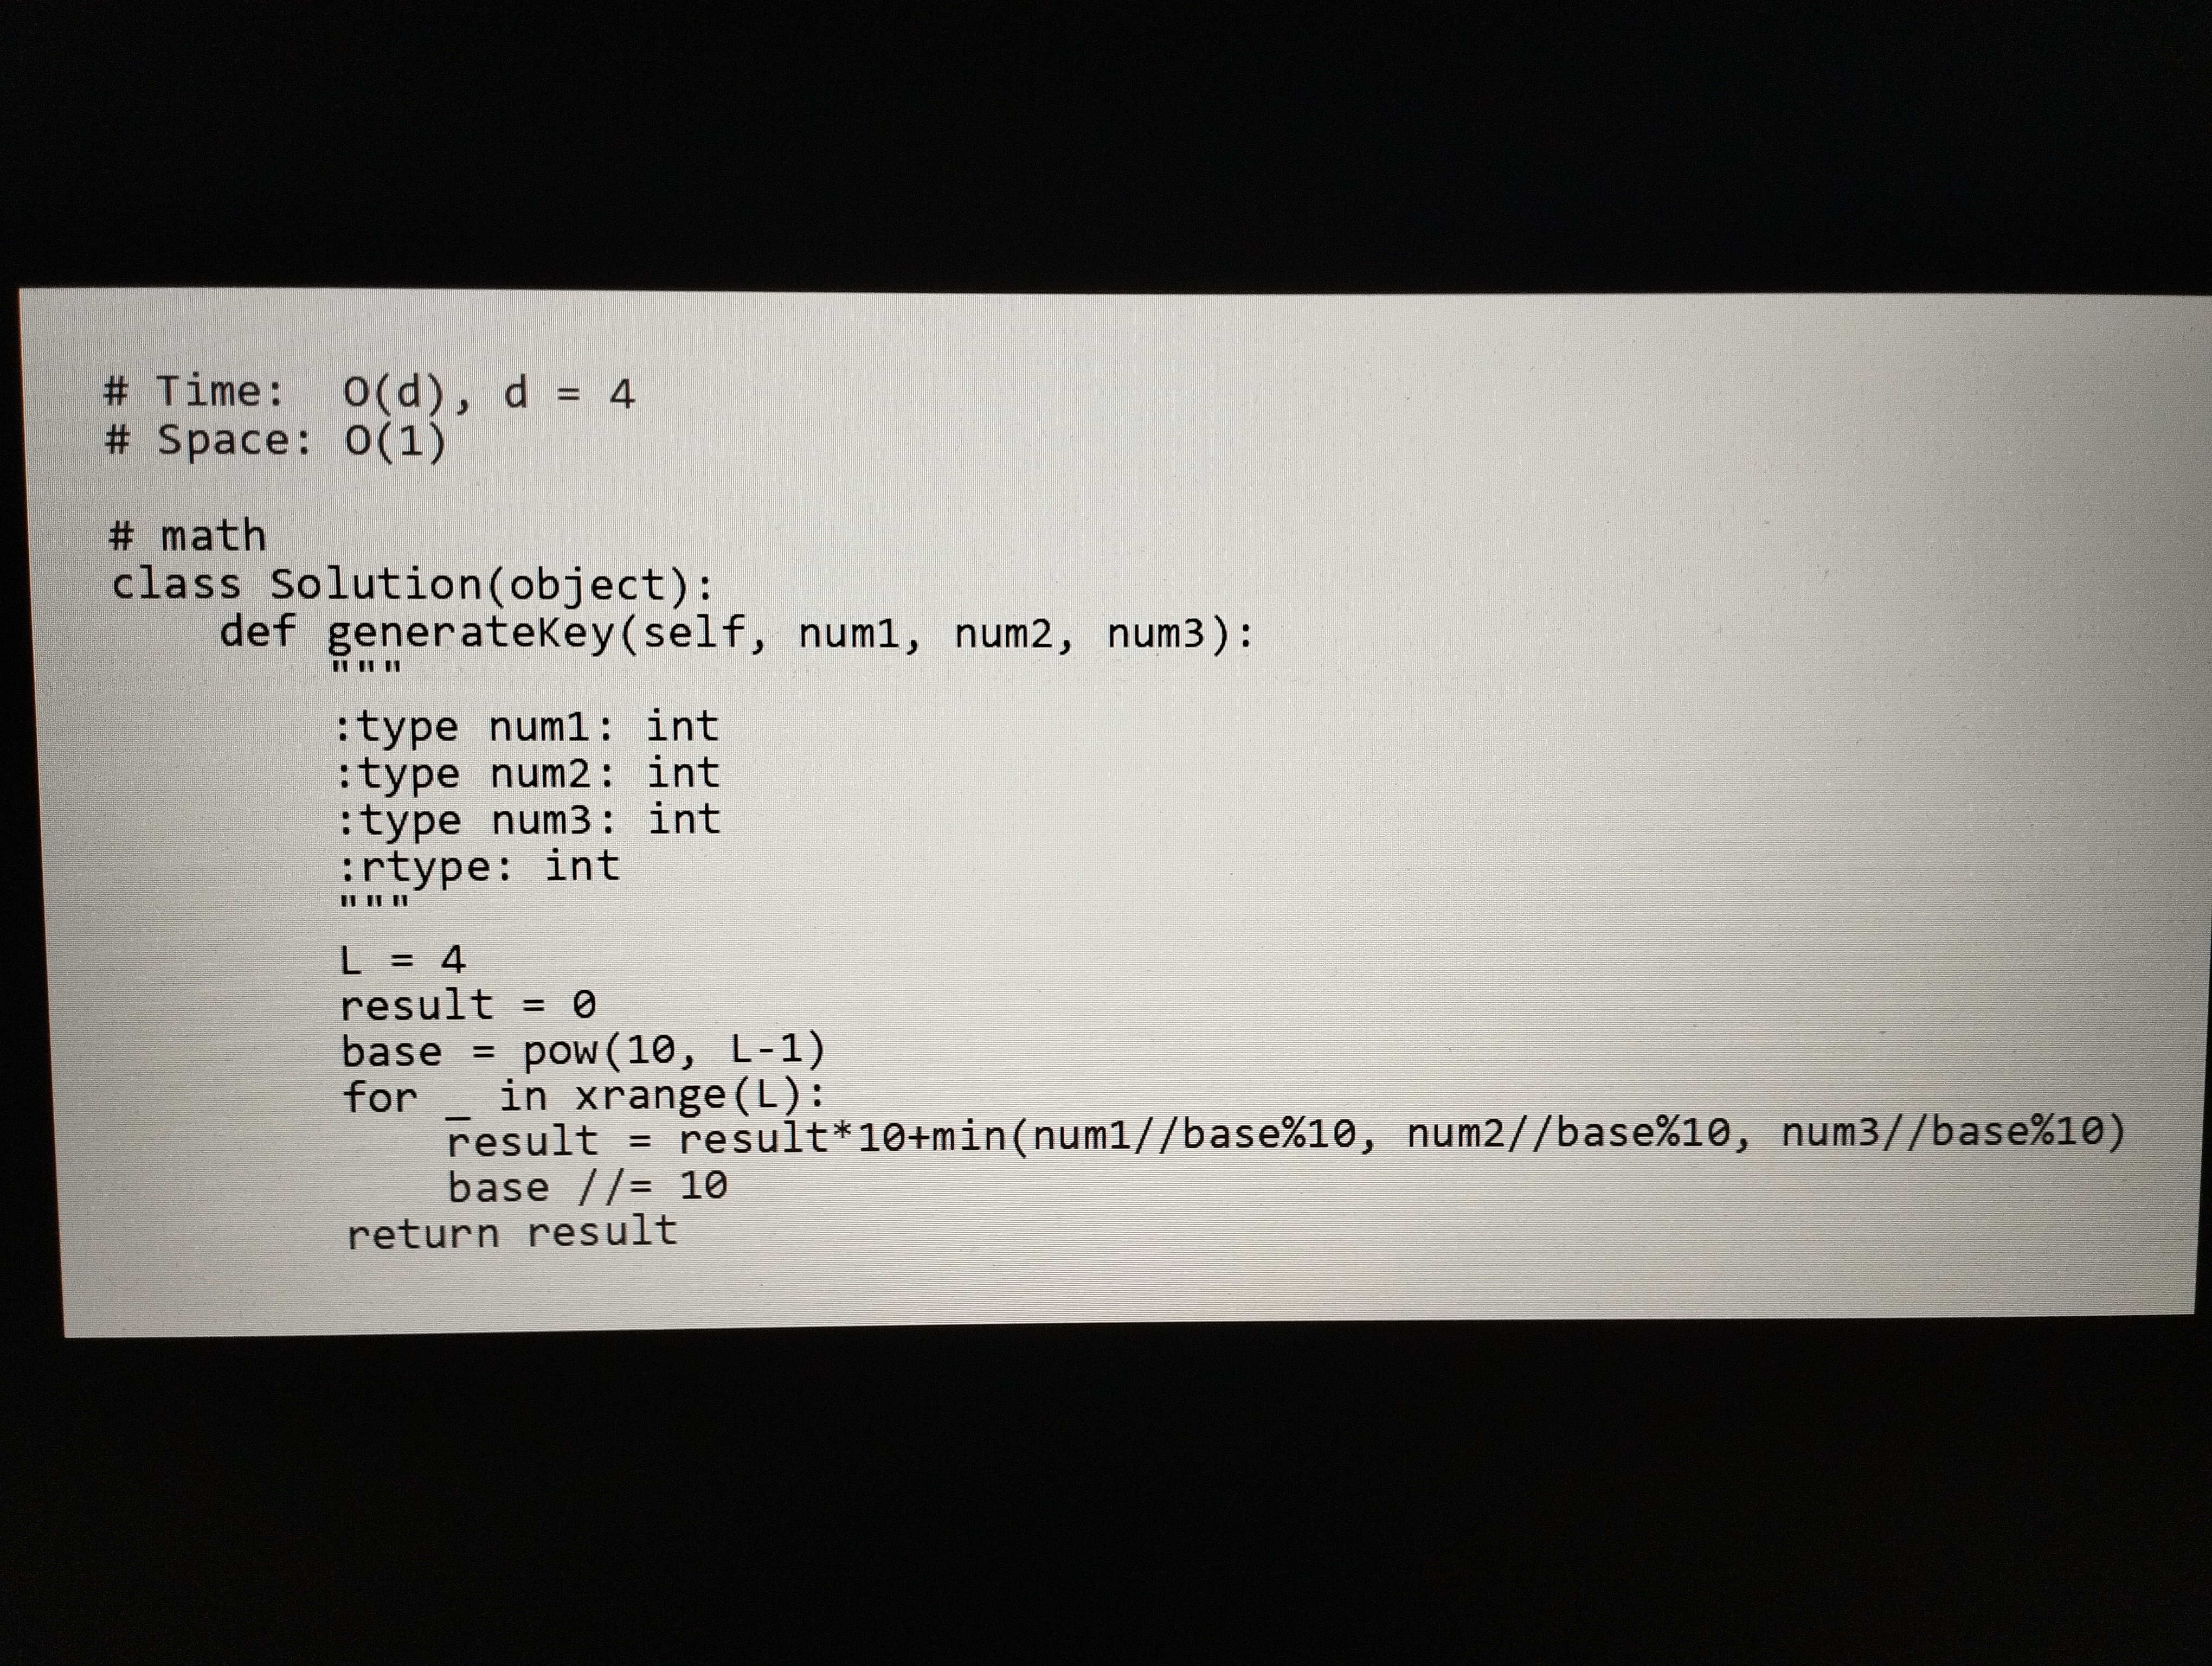
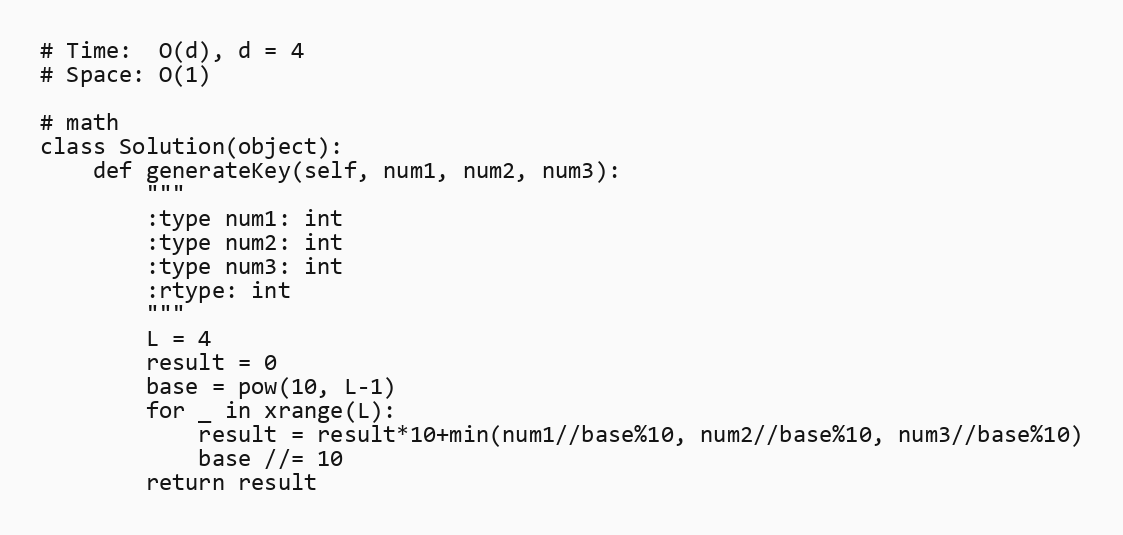
# Time:  O(d), d = 4
# Space: O(1)

# math
class Solution(object):
    def generateKey(self, num1, num2, num3):
        """
        :type num1: int
        :type num2: int
        :type num3: int
        :rtype: int
        """
        L = 4
        result = 0
        base = pow(10, L-1)
        for _ in xrange(L):
            result = result*10+min(num1//base%10, num2//base%10, num3//base%10)
            base //= 10
        return result